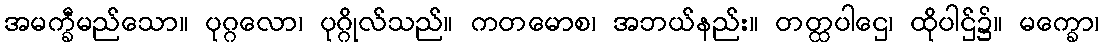
အမက္ခီမည်သော။ ပုဂ္ဂလော၊ ပုဂ္ဂိုလ်သည်။ ကတမောစ၊ အဘယ်နည်း။ တတ္ထပါဌေ၊ ထိုပါဌ်၌။ မက္ခော၊